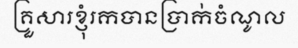
គ្រួសារខ្ញុំរកបានប្រាក់ចំណូល